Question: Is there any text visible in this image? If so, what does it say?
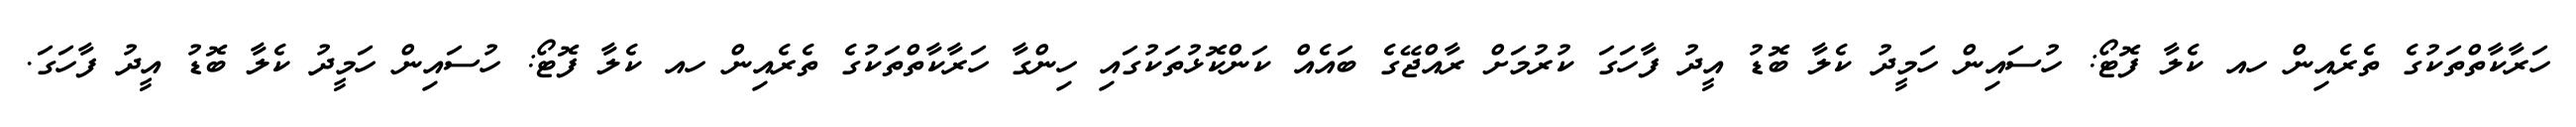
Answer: ހަރާކާތްތަކުގެ ތެރެއިން ހއ ކެލާ ފޮޓޯ: ހުސައިން ހަމީދު ކެލާ ބޮޑު އީދު ފާހަގަ ކުރުމަށް ރާއްޖޭގެ ބައެއް ކަންކޮޅުތަކުގައި ހިންގާ ހަރާކާތްތަކުގެ ތެރެއިން ހއ ކެލާ ފޮޓޯ: ހުސައިން ހަމީދު ކެލާ ބޮޑު އީދު ފާހަގަ.